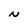
Character: N